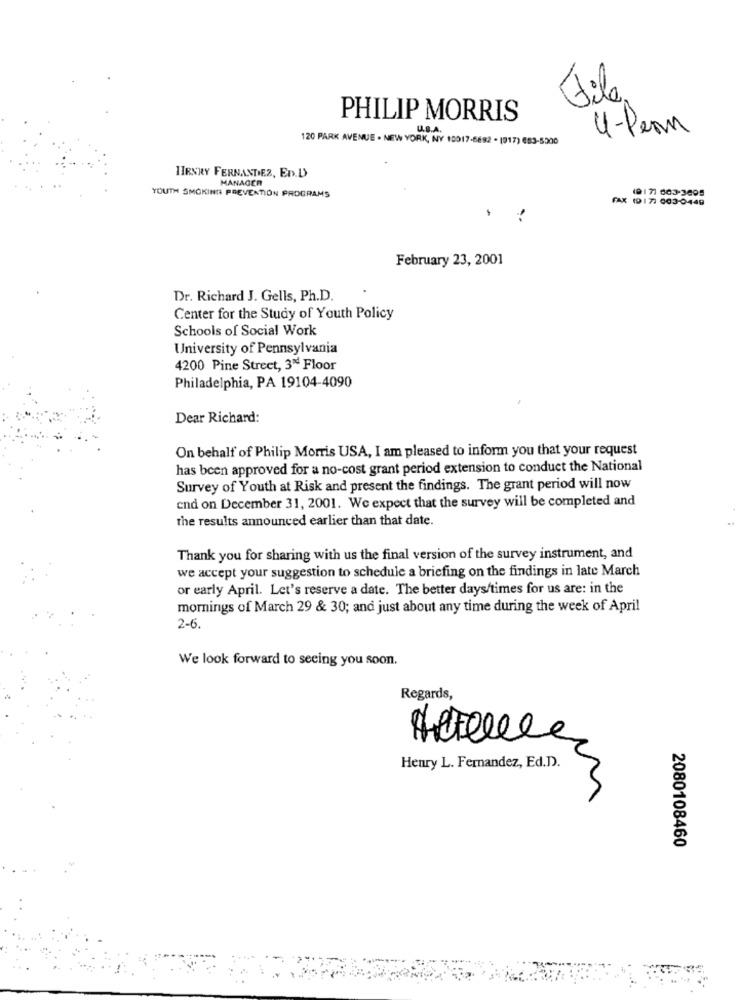
File
PHILIP MORRIS
U.S.A.
4-Penn
120 PARK AVENUE . NEW YORK, NY 10017-6682 . (917) 653-5300
HENRY FERNANDEZ, En.D>
MANAGER
YOUTH SMOKING PREVENTION PROGRAMS
FAX (917: 003-0449
February 23, 2001
Dr. Richard J. Gells, Ph.D.
Center for the Study of Youth Policy
Schools of Social Work
University of Pennsylvania
4200 Pine Street, 3rd Floor
Philadelphia, PA 19104-4090
Dear Richard:
On behalf of Philip Morris USA, I am pleased to inform you that your request
has been approved for a no-cost grant period extension to conduct the National
Survey of Youth at Risk and present the findings. The grant period will now
end on December 31, 2001. We expect that the survey will be completed and
the results announced earlier than that date.
Thank you for sharing with us the final version of the survey instrument, and
we accept your suggestion to schedule a briefing on the findings in late March
or early April. Let's reserve a date. The better days/times for us are: in the
mornings of March 29 & 30; and just about any time during the week of April
2-6.
We look forward to seeing you soon.
Regards,
Henry L. Fernandez, Ed.D.
2080108460